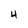
Character: 4